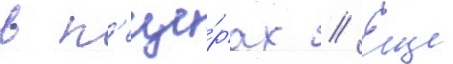
в п'еще́рах // Еще